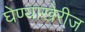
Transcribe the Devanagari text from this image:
घेण्याखेरीज